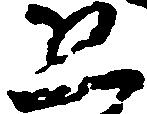
恐